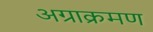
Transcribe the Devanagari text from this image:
अग्राक्रमण